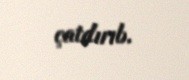
çatdırıb.